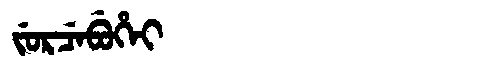
Manchu: ᠵᡠᡵᠴᡝᠪᡠᡥᡝᡳ
Romanization: JURCEBUHEI